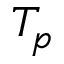
T _ { p }